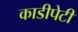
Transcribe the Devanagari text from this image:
काडीपेटी